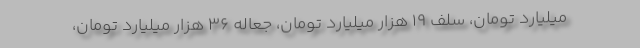
میلیارد تومان، سلف 19 هزار میلیارد تومان، جعاله 36 هزار میلیارد تومان،